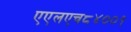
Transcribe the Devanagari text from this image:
एएलएच८४००१